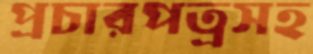
প্রচারপত্রসহ